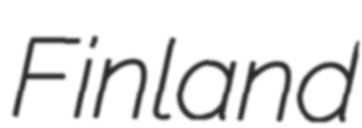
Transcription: Finland